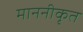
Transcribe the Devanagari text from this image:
माननीकृत